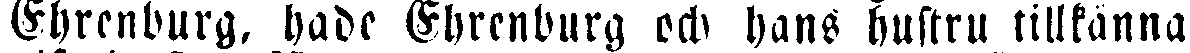
Ehrenburg, hade Ehrenburg och hans hustru tillkänna-